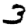
Digit: 3